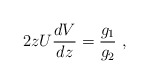
\begin{align*}2zU{dV\over dz}={g_1\over g_2}~,\end{align*}